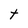
Character: t